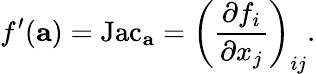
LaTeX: f^{\prime}(\mathbf{a})=\operatorname{Jac}_{\mathbf{a}}=\left({\frac{\partial f_{i}}{\partial x_{j}}}\right)_{ij}.